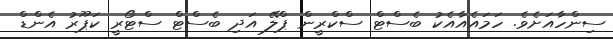
ސިންހާއަށެވެ. ހަމައެއާއެކު ބެސްޓް ސްކްރީން ޕްލޭ އަދި ބެސްޓް ސްޓޯރީ ކަޕޫރު އެންޑް